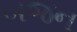
બજન